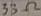
Text: 33Ω